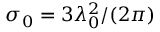
\sigma _ { 0 } = 3 \lambda _ { 0 } ^ { 2 } / ( 2 \pi )